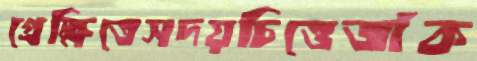
প্রেক্ষিতেসদয়চিত্তেজাঁক